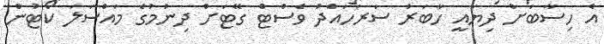
އެ ހިސާބަށް ދިޔައީ ހާބަރު ސަރަހައްދު ވެސްޓް ގޭޓަށް ދިނުމުގެ މައްސަލަ ކޯޓުން